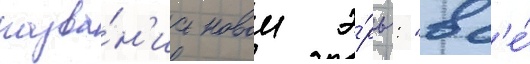
назва́н'иа новои э́ры: "вс'е́